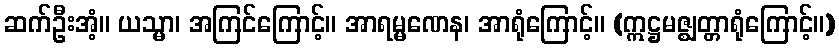
ဆက်ဦးအံ့။ ယသ္မာ၊ အကြင်ကြောင့်။ အာရမ္မဏေန၊ အာရုံကြောင့်။ (ဣဋ္ဌမဇ္ဈတ္တာရုံကြောင့်။)